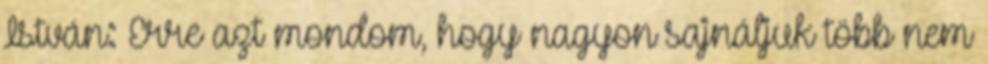
István: Erre azt mondom, hogy nagyon sajnáljuk több nem